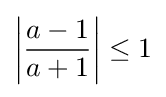
\left|{\frac {a-1}{a+1}}\right|\leq 1